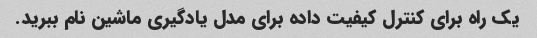
یک راه برای کنترل کیفیت داده برای مدل یادگیری ماشین نام ببرید.